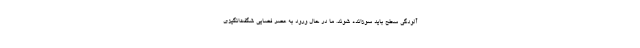
آلودگی سطح باید سوزانده شوند. ما در حال ورود به عصر فضایی شگفت‌انگیزی